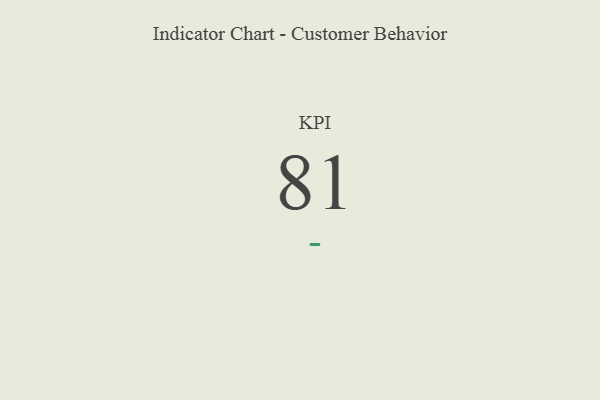
{"axis": {"x": "KPI", "y": "Value"}, "legend": [""], "data": [{"x": "KPI", "y": 81, "type": ""}]}